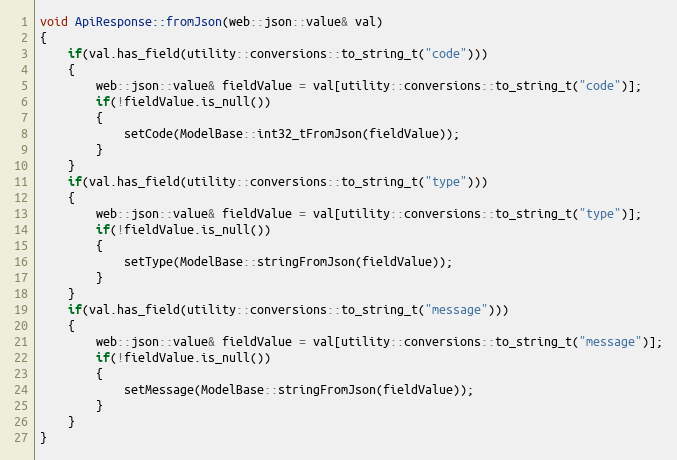
Language: C++
void ApiResponse::fromJson(web::json::value& val)
{
    if(val.has_field(utility::conversions::to_string_t("code")))
    {
        web::json::value& fieldValue = val[utility::conversions::to_string_t("code")];
        if(!fieldValue.is_null())
        {
            setCode(ModelBase::int32_tFromJson(fieldValue));
        }
    }
    if(val.has_field(utility::conversions::to_string_t("type")))
    {
        web::json::value& fieldValue = val[utility::conversions::to_string_t("type")];
        if(!fieldValue.is_null())
        {
            setType(ModelBase::stringFromJson(fieldValue));
        }
    }
    if(val.has_field(utility::conversions::to_string_t("message")))
    {
        web::json::value& fieldValue = val[utility::conversions::to_string_t("message")];
        if(!fieldValue.is_null())
        {
            setMessage(ModelBase::stringFromJson(fieldValue));
        }
    }
}